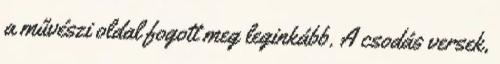
a művészi oldal fogott meg leginkább. A csodás versek,